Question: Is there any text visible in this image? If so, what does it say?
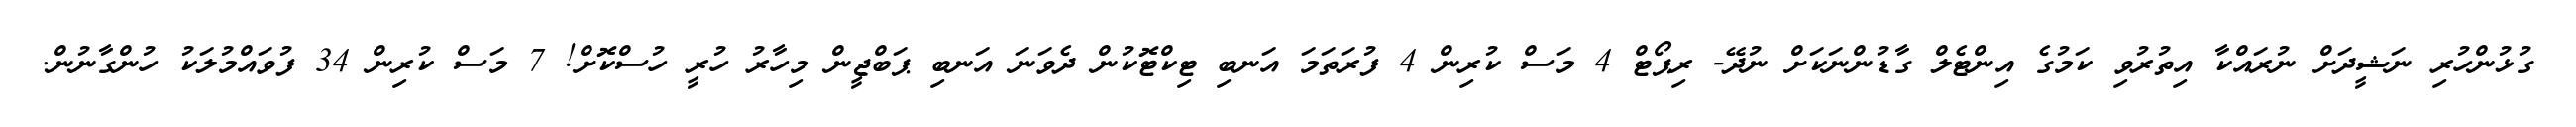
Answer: ގުޅުންހުރި ނަޝީދަށް ނުރައްކާ އިތުރުވި ކަމުގެ އިންޓެލް ގާޑުންނަކަށް ނުދޭ- ރިޕޯޓް 4 މަސް ކުރިން 4 ފުރަތަމަ އަނބި ޓިކްޓޮކުން ދެވަނަ އަނބި ޕަބްޖީން މިހާރު ހުރީ ހުސްކޮށް! 7 މަސް ކުރިން 34 ފުވައްމުލަކު ހުންގާނުން.